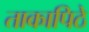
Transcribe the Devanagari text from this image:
ताकापिठे